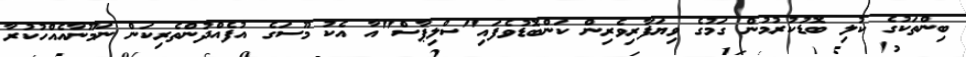
ބިންތަކުގެ ކުލި ބޮޑުކުރުމުން ގަމުގެ ވިޔަފާރިވެރިން ކަންބޮޑުވެފައި"ސްލިޕާސް"އާ އެކު މޫސަގެ އުފެއްދުންތެރިކަން ނަމޫނާއެއްހުކުރާ